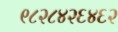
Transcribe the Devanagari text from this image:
९८२८४२६४६२